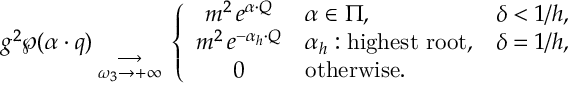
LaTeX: g ^ { 2 } \wp ( \alpha \cdot q ) { { } \atop { \longrightarrow \atop { \omega _ { 3 } \to + \infty } } } \left\{ \begin{array} { c l l } { { m ^ { 2 } \, e ^ { \alpha \cdot Q } } } & { { \alpha \in \Pi , } } & { { \delta < 1 / h , } } \\ { { m ^ { 2 } \, e ^ { - \alpha _ { h } \cdot Q } } } & { { \alpha _ { h } : \mathrm { h i g h e s t ~ r o o t } , } } & { { \delta = 1 / h , } } \\ { { 0 } } & { { \mathrm { o t h e r w i s e . } } } & { { } } \end{array} \right.